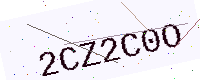
Text: 2CZ2C0O